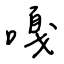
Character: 嘎